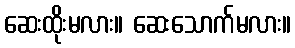
ဆေးထိုးမလား။ ဆေးသောက်မလား။